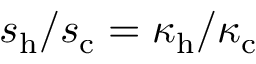
s _ { \mathrm { h } } / s _ { \mathrm { c } } = \kappa _ { \mathrm { h } } / \kappa _ { \mathrm { c } }